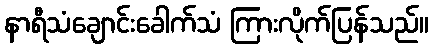
နာရီသံချောင်းခေါက်သံ ကြားလိုက်ပြန်သည်။